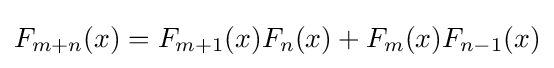
F_{m+n}(x)=F_{m+1}(x)F_{n}(x)+F_{m}(x)F_{n-1}(x)